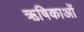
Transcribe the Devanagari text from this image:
ऋषिकाओं